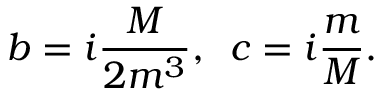
b = i \frac { M } { 2 m ^ { 3 } } , \, \, \, c = i \frac { m } { M } .